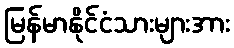
မြန်မာနိုင်ငံသားများအား